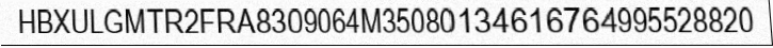
HBXULGMTR2FRA8309064M35080134616764995528820